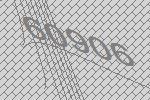
60906